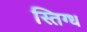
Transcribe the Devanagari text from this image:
स्तिग्ध